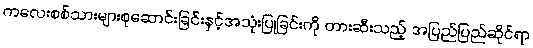
ကလေးစစ်သားများစုဆောင်းခြင်းနှင့်အသုံးပြုခြင်းကို တားဆီးသည့် အပြည်ပြည်ဆိုင်ရာ